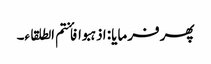
پھر فرمایا: اذہبوا فأنتم الطلقاء۔